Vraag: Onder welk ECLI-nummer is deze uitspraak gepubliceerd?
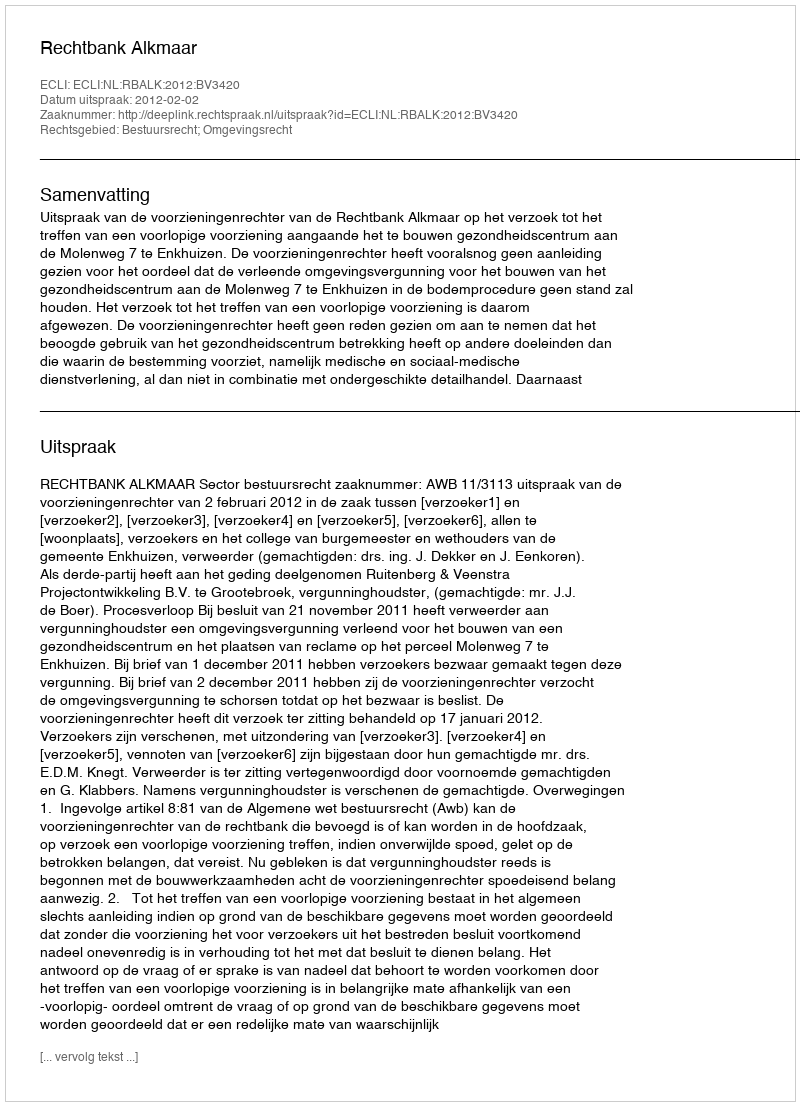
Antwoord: ECLI:NL:RBALK:2012:BV3420